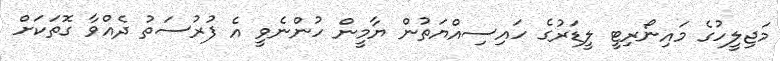
މަޖިލީހުގެ މައިނޯރިޓީ ލީޑަރުގެ ހައިސިއްޔަތުން ޔާމީން ހުންނެވީ އެ ފުރުސަތު ދެއްވާ ގޮތަކަށް